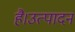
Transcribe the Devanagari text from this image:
है।उत्पादन